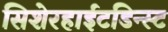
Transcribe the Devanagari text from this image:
सिशेरहाईटडिन्स्ट